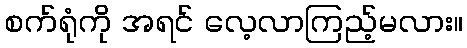
စက်ရုံကို အရင် လေ့လာကြည့်မလား။